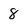
Character: 8